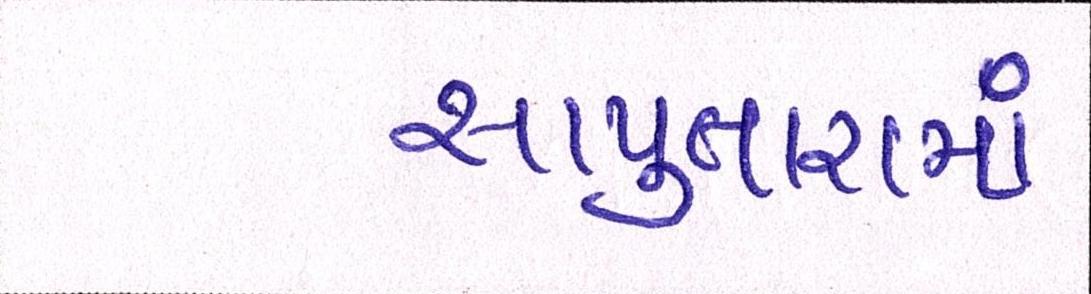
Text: સાપુતારામાં